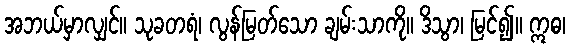
အဘယ်မှာလျှင်။ သုခတရံ၊ လွန်မြတ်သော ချမ်းသာကို။ ဒိသွာ၊ မြင်၍။ ဣဓ၊